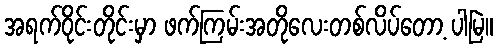
အရက်ဝိုင်းတိုင်းမှာ ဖက်ကြမ်းအတိုလေးတစ်လိပ်တော့ ပါမြဲ။